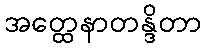
အတ္ထေနာတန္ဒိတာ